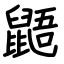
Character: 鼯